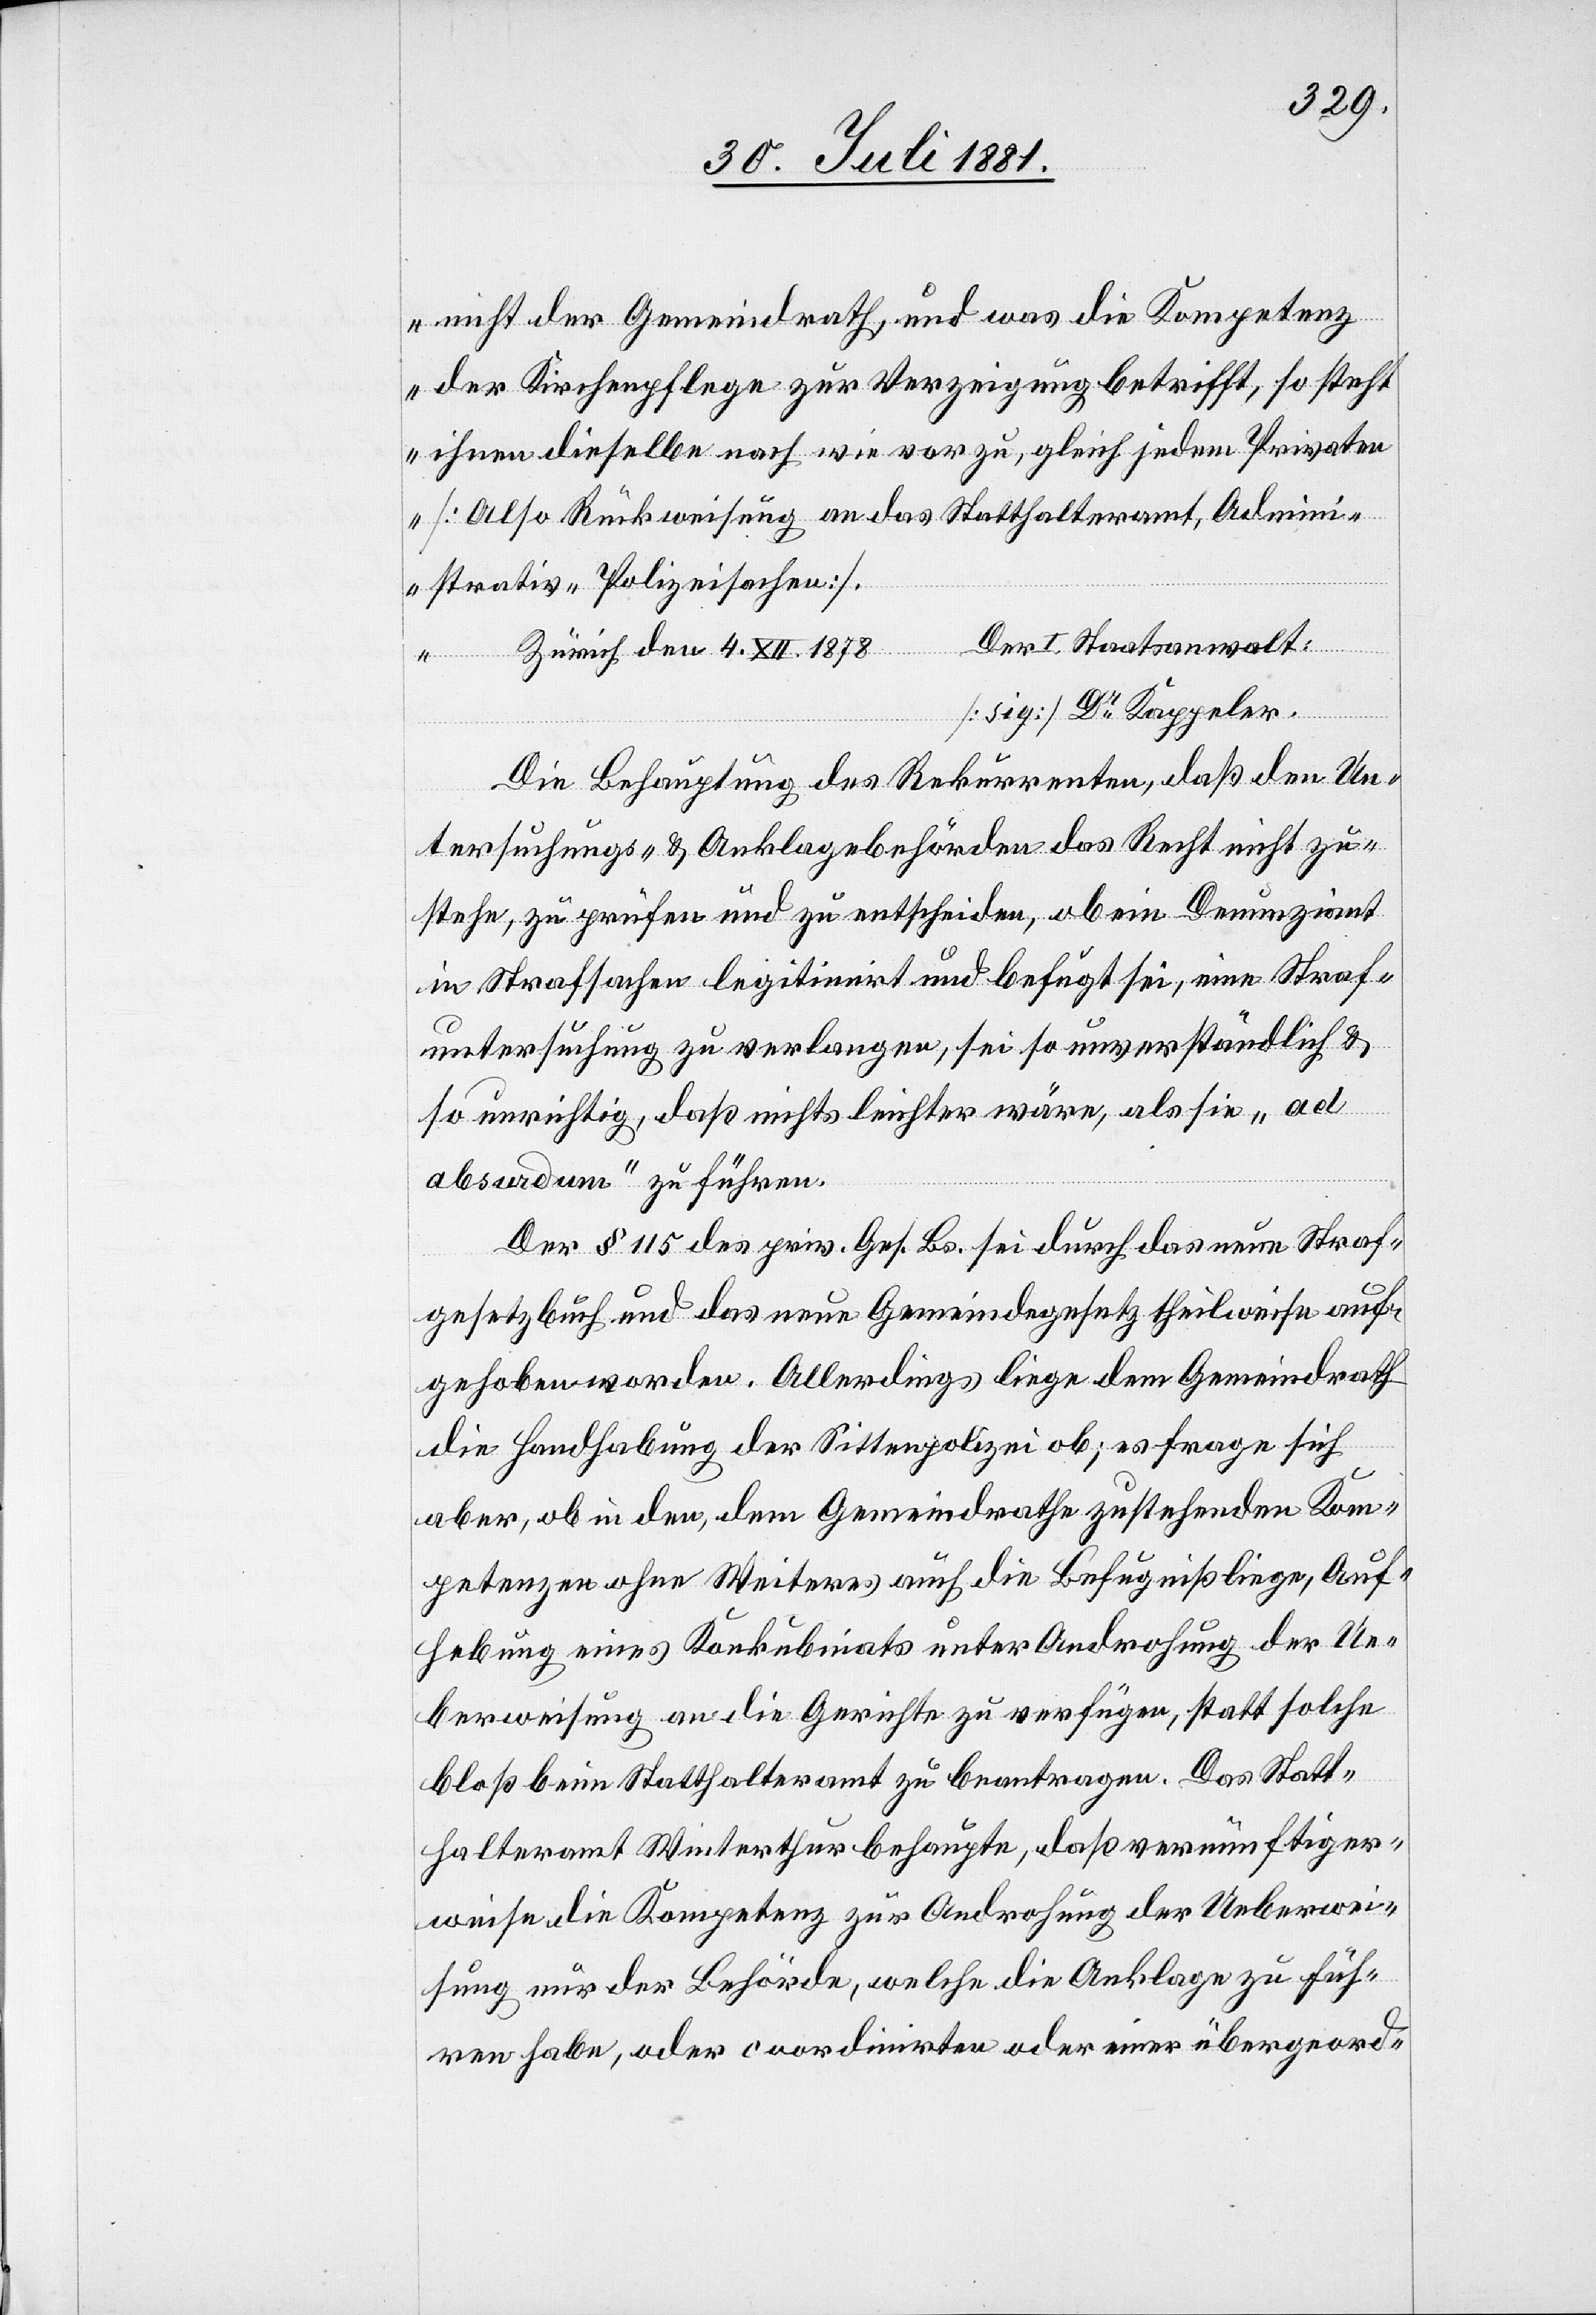
nicht der Gemeindrath, und was die Kompetenz
der Kirchenpflege zur Verzeigung betrifft, so steht
ihnen dieselbe nach wie vor zu, gleich jedem Privaten
[Also Rückweisung an das Statthalteramt, Admini¬
strativ-Polizeisachen].
Der Staatsanwalt:
Zürich den 4. XII. 1878
[sig] Dr Kappeler.
Die Behauptung des Rekurrenten, daß den Un¬
tersuchungs- & Anklagebehörden das Recht nicht zu¬
stehe, zu prüfen und zu entscheiden, ob ein Denunziant
in Strafsachen legitimirt und befugt sei, eine Straf¬
untersuchung zu verlangen, sei so unverständlich &
so unrichtig, daß nichts leichter wäre, als sie „ad
absurdum“ zu führen.
Der § 115 des priv. Ges. Bs. sei durch das neue Straf¬
gesetzbuch und das neue Gemeindegesetz theilweise auf¬
gehoben worden. Allerdings liege dem Gemeindrath
die Handhabung der Sittenpolizei ob; es frage sich
aber, ob in den, dem Gemeindrathe zustehenden Kom¬
petenzen ohne Weitere auch die Befugniß liege, Auf¬
hebung eines Konkubinats unter Androhung der Ue¬
berweisung an die Gerichte zu verfügen, statt solche
bloß beim Statthalteramt zu beantragen. Das Statt¬
halteramt Winterthur behaupte, daß vernünftiger¬
weise die Kompetenz zur Androhung der Ueberwei¬
sung nur der Behörde, welche die Anklage zu füh¬
ren habe, oder coordinirten oder einer übergeord-